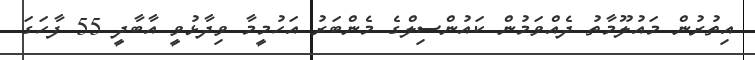
އިތުރުން މައުލޫމާތު ދެއްވަމުން ކައުންސިލްގެ މެންބަރު އަަހުމީމާ ވިދާޅުވީ އާބާދީ 55 ފާހަގަ